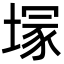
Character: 塜